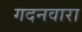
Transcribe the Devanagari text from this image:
गदनवारा